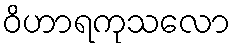
ဝိဟာရကုသလော